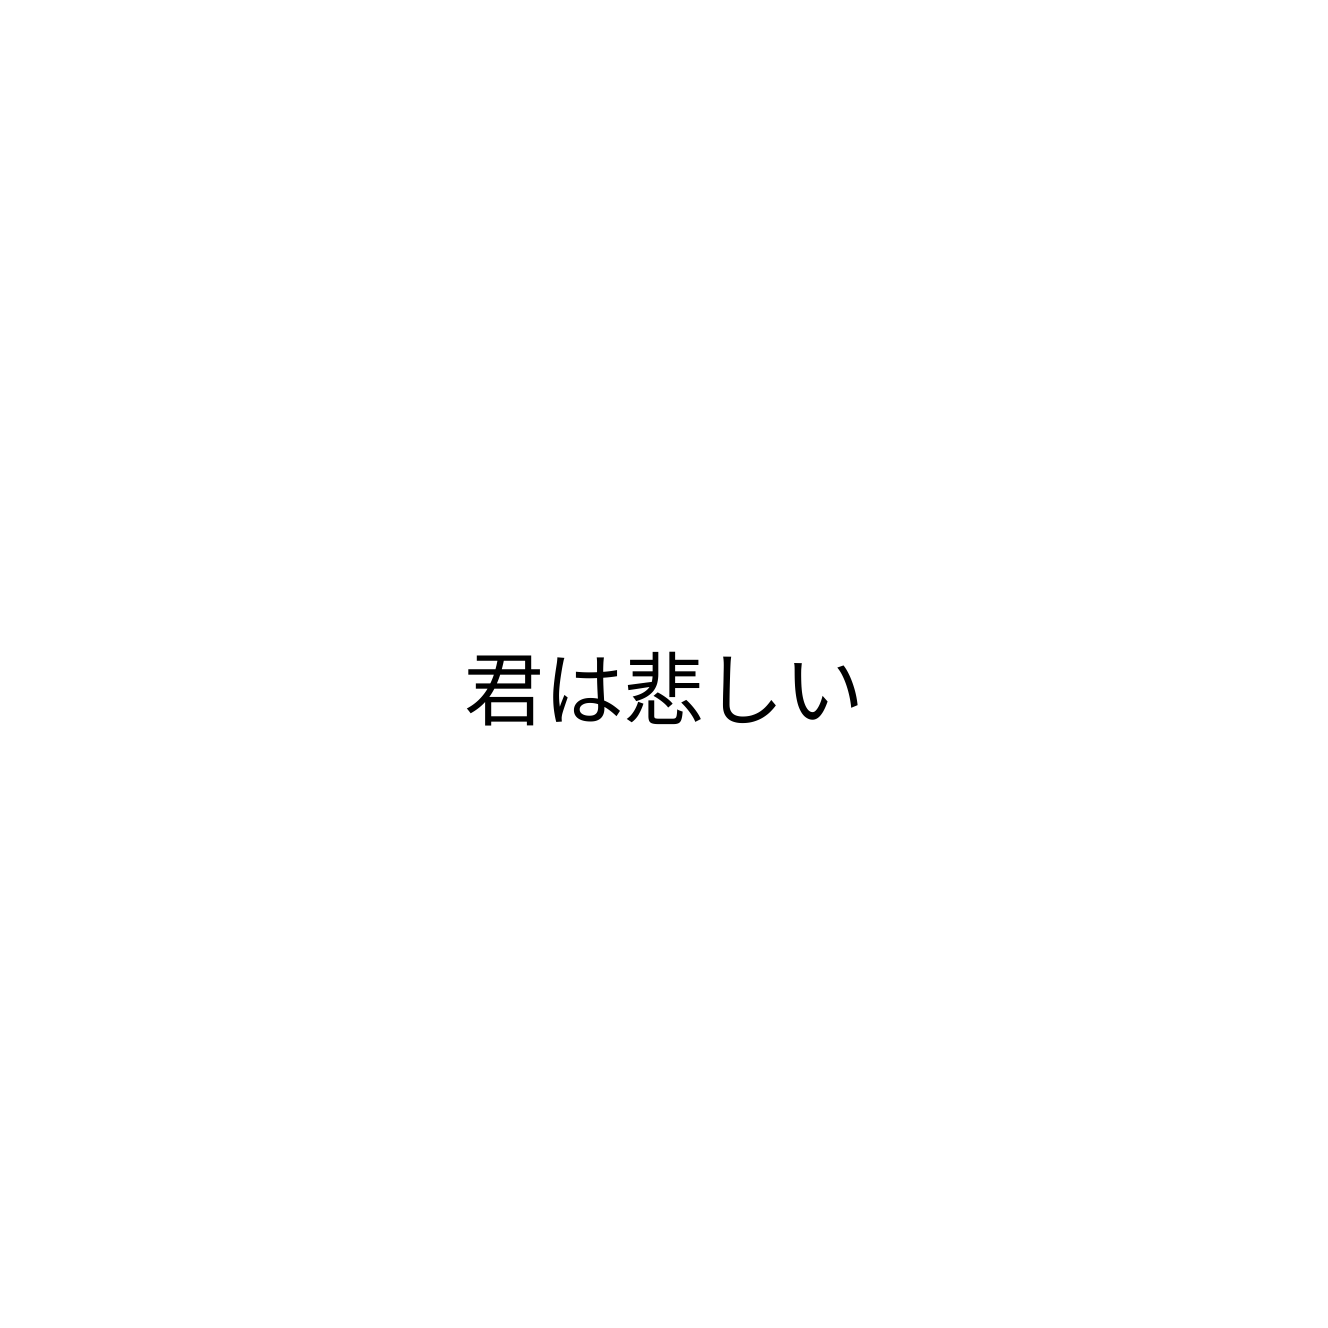
君は悲しい